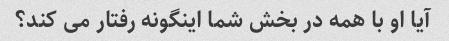
آیا او با همه در بخش شما اینگونه رفتار می کند؟